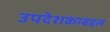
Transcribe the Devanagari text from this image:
उपदेशकाबद्दल